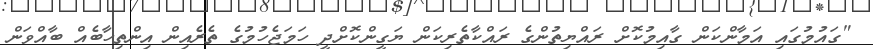
"ގައުމުގައި އަމާންކަން ގާއިމުކޮށް ރައްޔިތުންގެ ރައްކާތެރިކަން ޔަގީންކޮށްދީ ހަމަޖެހުމުގެ ތެރެެއިން އިންތިހާބެއް ބާއްވަން